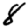
Digit: 8